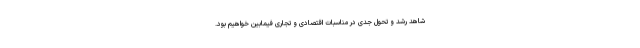
شاهد رشد و تحول جدی در مناسبات اقتصادی و تجاری فیمابین خواهیم بود.